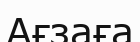
Ағзаға